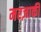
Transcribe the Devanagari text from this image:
मरज़ाकी